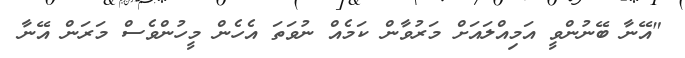
"އޭނާ ބޭނުންވީ އަމިއްލައަށް މަރުވާން ކަމެއް ނުވަތަ އެހެން މީހުންވެސް މަރަން އޭނާ